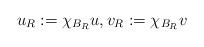
LaTeX: \begin{align*}u_R:=\chi_{B_R}u, v_R:=\chi_{B_R}v\end{align*}